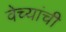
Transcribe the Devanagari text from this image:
वेच्यांची